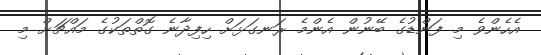
އެހެންވެ މި ފަންޑުގެ ބޭނުން އެންމެ ރަނގަޅަށް ހިފިދާނެ ގޮތްތަކުގެ މައްޗަށް މި